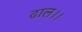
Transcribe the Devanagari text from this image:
ढाल।।